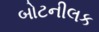
બોટનીલક